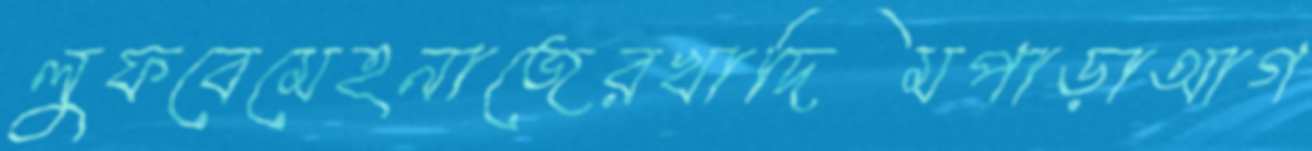
লুফবেমেহনাজেরখাদিমপাড়াআগ